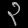
Digit: ၃